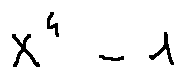
X ^ { 4 } - 1